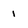
Character: 1